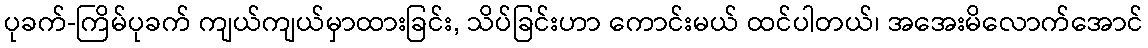
ပုခက်-ကြိမ်ပုခက် ကျယ်ကျယ်မှာထားခြင်း, သိပ်ခြင်းဟာ ကောင်းမယ် ထင်ပါတယ်၊ အအေးမိလောက်အောင်